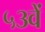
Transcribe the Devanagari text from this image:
५३वें